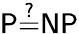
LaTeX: \mathsf{P{\overset{?}{=}}NP}